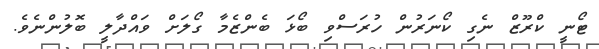
ޓޯނީ ކްރޫޒް ނެގި ކޯނަރުން ހުރަސްވި ބޯޅަ ބެންޒެމާ ގޯލަށް ވައްދާލީ ބޮލުންނެވެ.